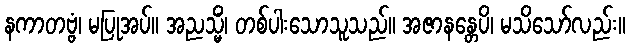
နကာတဗ္ဗံ၊ မပြုအပ်။ အညသ္မိံ၊ တစ်ပါးသောသူသည်။ အဇာနန္တေပိ၊ မသိသော်လည်း။